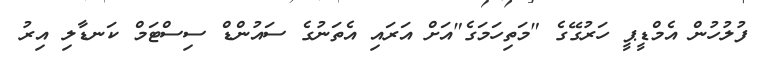
ފުލުހުން އެމްޑީޕީ ހަރުގޭގެ "މަތިހަމަގެ"އަށް އަރައި އެތަނުގެ ސައުންޑް ސިސްޓަމް ކަނޑާލި އިރު